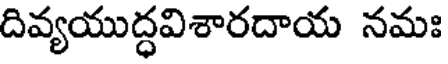
దివ్యయుద్ధవిశారదాయ నమః